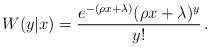
LaTeX: \begin{align*} W(y|x) = \frac{e^{-(\rho x+\lambda)}(\rho x+\lambda)^y}{y!} \,.\,\end{align*}